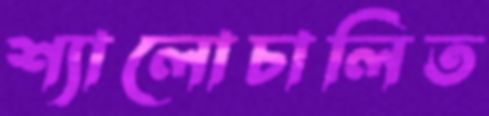
শ্যালোচালিত